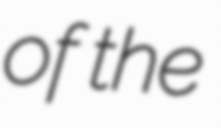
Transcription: of the